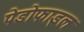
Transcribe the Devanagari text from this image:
पेडोफाइल